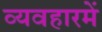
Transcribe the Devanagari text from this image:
व्यवहारमें